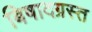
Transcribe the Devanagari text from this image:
बिषादग्रस्त